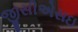
જીસીએસઇ